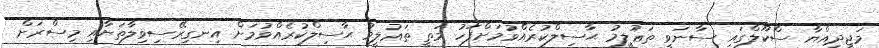
މަޖީދިއްޔާ ސްކޫލްގައި ސާނަވީ ތަޢުލީމު ޙާސިލްކުރެއްވުމަށްފަހު މަތީ ތަޢުލީމު ޙާސިލްކުރެއްވުމަށް އިނގިރޭސިވިލާތަށާއި މިސްރަށް